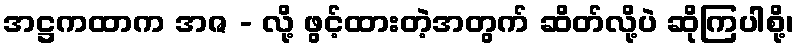
အဋ္ဌကထာက အဇ - လို့ ဖွင့်ထားတဲ့အတွက် ဆိတ်လို့ပဲ ဆိုကြပါစို့၊